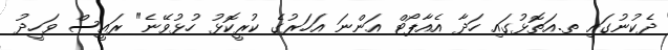
ދެކުނުގައި ތ.އަތޮޅުގައި ހަދާ އެއާޕޯޓް އަންނަ އަހަރުގެ ކުރީކޮޅު ހުޅުވޭނެ" ރައީސް ވަހީދު